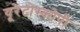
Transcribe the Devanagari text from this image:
यूरेटोस्कोपी